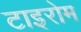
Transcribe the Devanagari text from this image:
टाइरोम